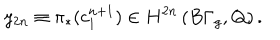
y _ { 2 n } \equiv \pi _ { * } ( c _ { 1 } ^ { n + 1 } ) \in H ^ { 2 n } \left( B \Gamma _ { g } , { \bf Q } \right) .